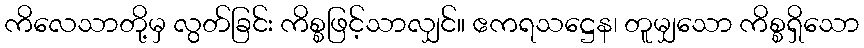
ကိလေသာတို့မှ လွတ်ခြင်း ကိစ္စဖြင့်သာလျှင်။ ဧကရသဋ္ဌေန၊ တူမျှသော ကိစ္စရှိသော